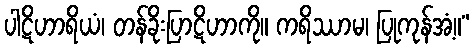
ပါဋိဟာရိယံ၊ တန်ခိုးပြာဋိဟာကို။ ကရိဿာမ၊ ပြုကုန်အံ့။”